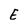
Character: E